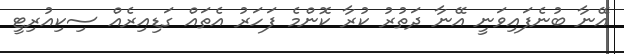
އޭނާ ބުނެފައިވަނީ އޭނާ ދަތުރު ކުރާ ކޮންމެ ފަހަރު އެތައް ގަޑިއިރެއް ސިކިއުރިޓީ